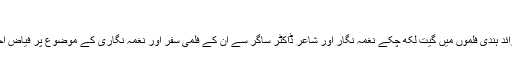
‘
ویڈیو: ایک درجن سے زائد ہندی فلموں میں گیت لکھ چکے نغمہ نگار اور شاعر ڈاکٹر ساگر سے ان کے فلمی سفر اور نغمہ نگاری کے موضوع پر فیاض احمد وجیہہ کی بات چیت۔